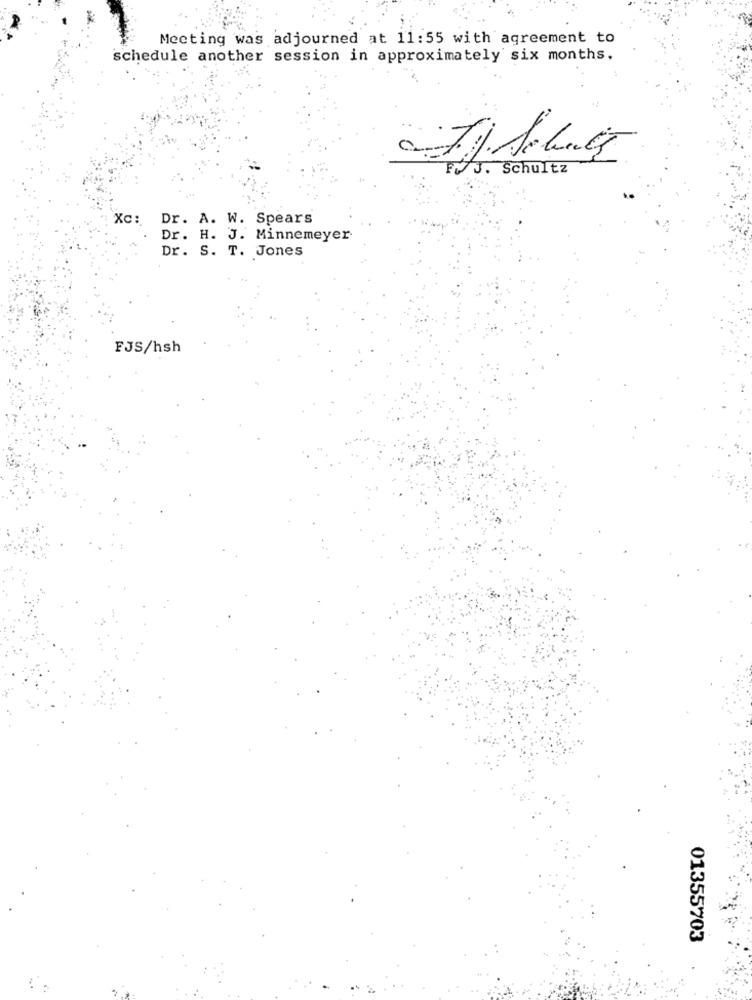
Meeting was adjourned at 11:55 with agreement to
schedule another session in approximately six months.
J. Schultz
Xc:
Dr. A. W. Spears
Dr. H. J. Minnemeyer
Dr. S. T. Jones
FJS/hsh
01355703